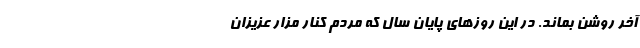
آخر روشن بماند. در این روزهای پایان سال که مردم کنار مزار عزیزان